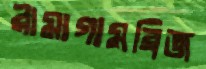
রামাগামব্রিজ